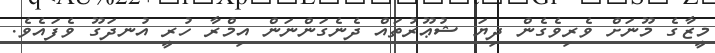
މީޒާގެ މޫނަށް ވެރިވެގެން ދިޔަ ޝުޢޫރުތައް ދެނެގަންނަން އިމްރާ ހުރީ އުނދަގޫ ވެފައެވެ.